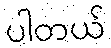
ပါတယ်